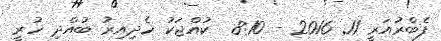
ފެބްރުއަރީ 11